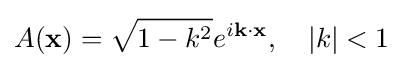
A(\mathbf {x} )={\sqrt {1-k^{2}}}e^{i\mathbf {k} \cdot \mathbf {x} },\quad |k|<1